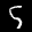
Label: 5